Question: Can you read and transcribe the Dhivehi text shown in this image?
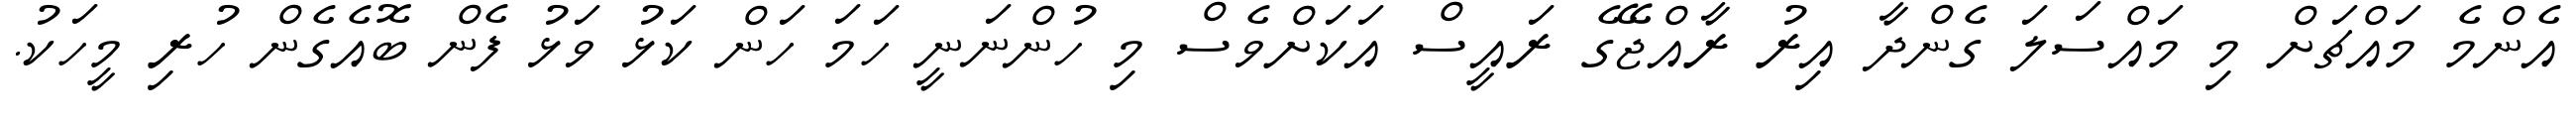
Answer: އެންމެ މައްޗަށް މި މައްސަލަ ގެންދާ އިރު ރާއްޖޭގެ ރައީސް އަކަށްވެސް މި ހުންނަނީ ހަމަ ހަން ކަޅު ވަޅު ފެން ބޮއެގެން ހުރި މީހަކު.